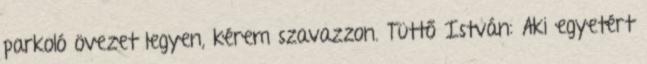
parkoló övezet legyen, kérem szavazzon. Tüttő István: Aki egyetért